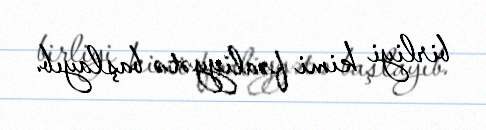
birliyi kimi fəaliyyətə başlayıb.